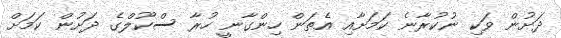
ދަށުން ވަކި ނުކުރާނެ ކަމަށާއި އެތަން ހިންގާނީ ހުރާ ސްކޫލްގެ ދަށުން ކަމަށް